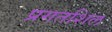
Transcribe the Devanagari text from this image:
प्रगतशिल